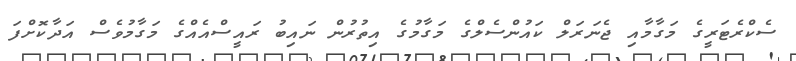
ސެކްރެޓަރީގެ މަގާމާއި ޖެނަރަލް ކައުންސެލްގެ މަގާމުގެ އިތުރުން ނައިބު ރައީސްއެއްގެ މަގާމުވެސް އަދާކޮށްފަ